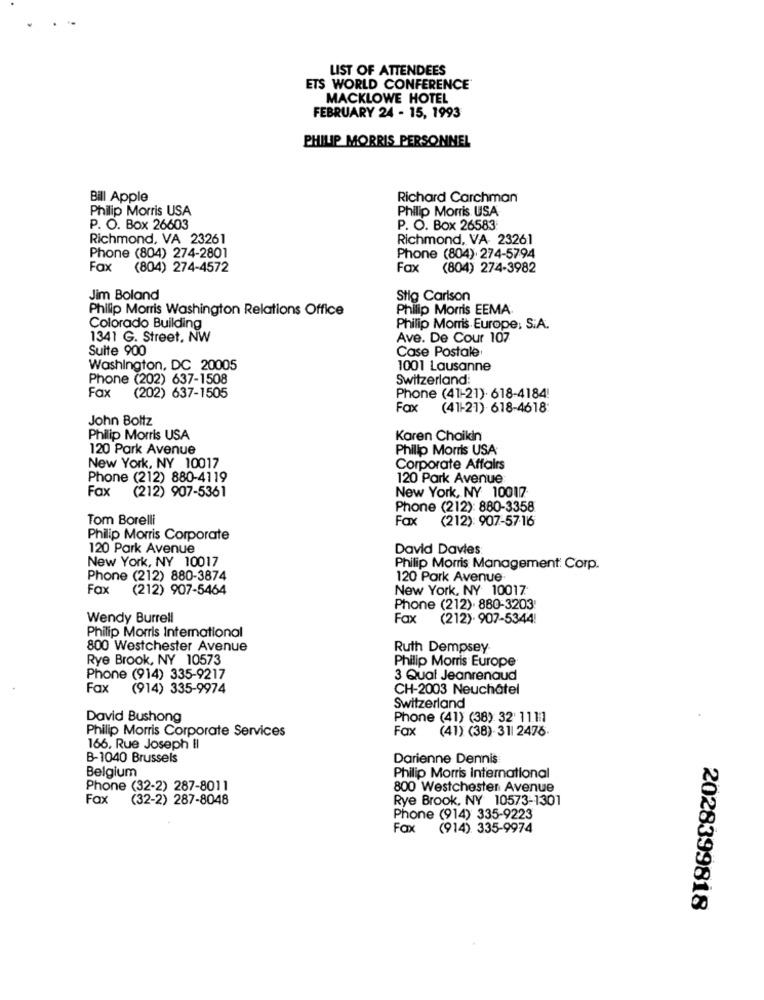
LIST OF ATTENDEES
ETS WORLD CONFERENCE
MACKLOWE HOTEL
FEBRUARY 24 - 15, 1993
PHILIP MORRIS PERSONNEL
Bill Apple
Richard Carchman
Philip Morris USA
Philip Morris USA
P. O. Box 26603
P. O. Box 26583
Richmond, VA 23261
Richmond, VA- 23261
Phone (804) 274-2801
Phone (804). 274-5794
Fax
(804) 274-4572
Fax
(804) 274-3982
Jim Boland
Stig Carlson
Philip Morris Washington Relations Office
Philip Morris EEMA
Colorado Building
Philip Morris Europe: S.A.
1341 G. Street, NW
Ave. De Cour 107
Suite 900
Case Postale
Washington, DC 20005
1001 Lausanne
Phone (202) 637-1508
Switzerland:
Fax
(202) 637-1505
Phone (41-21). 618-4184!
Fax
(41-21) 618-4618:
John Boltz
Philip Morris USA
Karen Chaikin
120 Park Avenue
Philip Morris USA
New York, NY 10017
Corporate Affairs
Phone (212) 880-4119
120 Park Avenue
Fax (212) 907-5361
New York, NY 10017
Phone (212): 880-3358
Tom Borelli
Fax
(212): 907-5716
Philip Morris Corporate
120 Park Avenue
David Davies:
New York, NY 10017
Philip Morris Management: Corp.
Phone (212) 880-3874
120 Park Avenue·
Fax
(212) 907-5464
New York, NY 10017
Phone (212). 880-3203
Wendy Burrell
Fax
(212). 907-5344!
Philip Morris International
800 Westchester Avenue
Ruth Dempsey-
Rye Brook, NY 10573
Philip Morris Europe
Phone (914) 335-9217
3 Qual Jeanrenaud
Fax (914) 335-9974
CH-2003 Neuchâtel
Switzerland
David Bushong
Phone (41) (38): 32' 11.11
Philip Morris Corporate Services
FOX
(41) (38)- 311 2476.
166, Rue Joseph Il
B-1040 Brussels
Darienne Dennis
Belgium
Philip Morris International
Phone (32-2) 287-8011
800 Westchester Avenue
Fax
(32-2) 287-8048
Rye Brook, NY 10573-1301
Phone (914) 335-9223
Fax
(914) 335-9974
2028399818